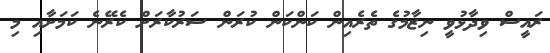
ރައީސް ވިދާޅުވީ ނިޒާމުގެ ތެރެއިން ކަންކަން ކުރަން ސަރުކާރަށް ކެރޭނެ ކަމަށާއި މި